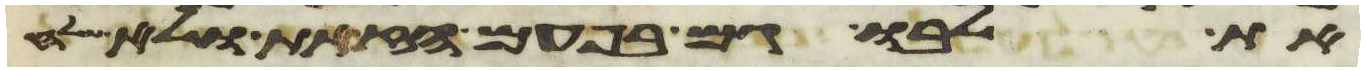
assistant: את לבו גם בפעם הזאת ולא שלח